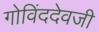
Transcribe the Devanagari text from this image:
गोविंददेवजी